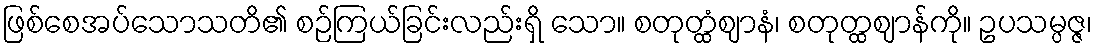
ဖြစ်စေအပ်သောသတိ၏ စဉ်ကြယ်ခြင်းလည်းရှိ သော။ စတုတ္ထံဈာနံ၊ စတုတ္ထဈာန်ကို။ ဥပသမ္ပဇ္ဇ၊